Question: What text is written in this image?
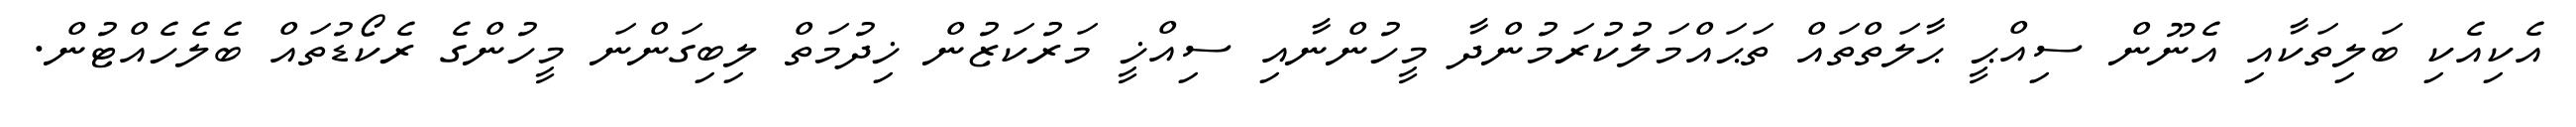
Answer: އެކިއެކި ބަލިތަކާއި އެނޫން ސިއްޙީ ޙާލަތްތައް ތަޙައްމަލުކުރަމުންދާ މީހުންނާއި ސިއްޚީ މަރުކަޒުން ޚިދުމަތް ލިބިގަންނަ މީހުންގެ ރެކޯޑުތައް ބެލެހެއްޓުން.